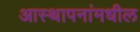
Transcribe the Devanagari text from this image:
आस्थापनांमधील